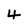
Character: 4